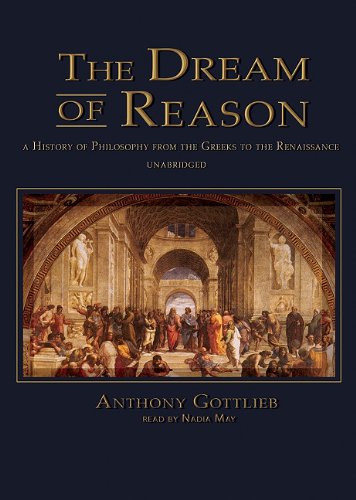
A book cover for The Dream of Reason: Library Edition; Anthony Gottlieb; Politics & Social Sciences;